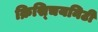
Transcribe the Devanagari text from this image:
क्रिस्चियनिटी